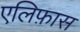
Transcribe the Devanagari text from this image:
एलिफ़ास